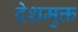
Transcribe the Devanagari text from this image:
देशमुक्त